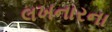
લખનારના